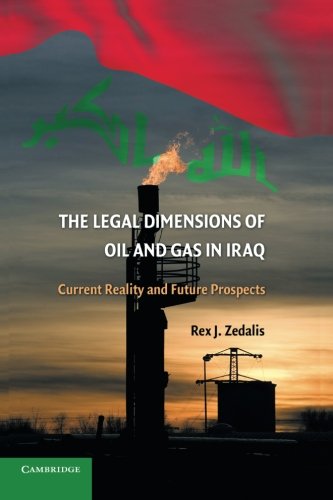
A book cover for The Legal Dimensions of Oil and Gas in Iraq: Current Reality and Future Prospects; Rex J. Zedalis; Law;